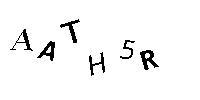
AATH5R